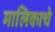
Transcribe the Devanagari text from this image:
मालिकाचे